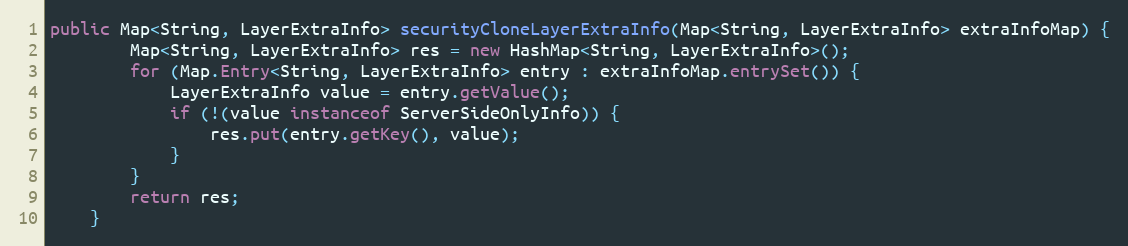
Language: Java
public Map<String, LayerExtraInfo> securityCloneLayerExtraInfo(Map<String, LayerExtraInfo> extraInfoMap) {
		Map<String, LayerExtraInfo> res = new HashMap<String, LayerExtraInfo>();
		for (Map.Entry<String, LayerExtraInfo> entry : extraInfoMap.entrySet()) {
			LayerExtraInfo value = entry.getValue();
			if (!(value instanceof ServerSideOnlyInfo)) {
				res.put(entry.getKey(), value);
			}
		}
		return res;
	}